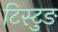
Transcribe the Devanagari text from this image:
टिस्टुङ